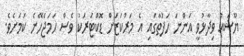
ޔޫޝައު ވިދާޅުވީ އަންނަ ހަފުތާގައި އެ މަރުކަޒަށް ޑޮކްޓަރަކު ވެސް ހަމަޖެހޭނެ ކަމަށެވެ.